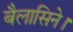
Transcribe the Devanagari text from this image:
बैलासिने।